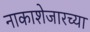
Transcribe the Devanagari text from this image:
नाकाशेजारच्या